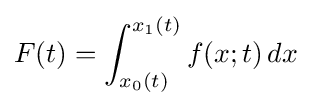
F(t)=\int _{x_{0}(t)}^{x_{1}(t)}f(x;t)\,dx